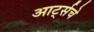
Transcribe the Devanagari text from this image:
आर्ट्सचे